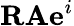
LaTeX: \textrm{\textbf{R}}\textrm{\textbf{A}}\textrm{\textbf{e}}^{i}